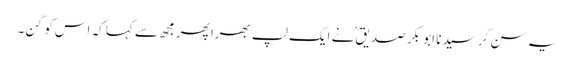
یہ سن کر سیدنا ابو بکر صدیقؓ نے ایک لپ بھرا پھر مجھ سے کہا کہ اس کو گن۔